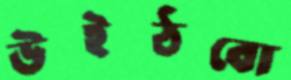
উইঠবো